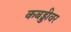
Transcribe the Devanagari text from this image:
कबड्डीवर